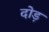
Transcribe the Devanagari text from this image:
दोड़